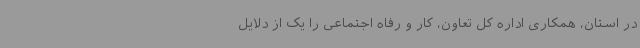
در استان، همکاری اداره کل تعاون، کار و رفاه اجتماعی را یک از دلایل